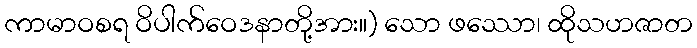
ကာမာဝစရ ဝိပါက်ဝေဒနာတို့အား။) သော ဖဿော၊ ထိုသဟဇာတ